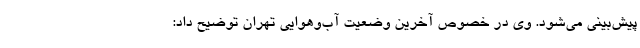
پیش‌بینی می‌شود. وی در خصوص آخرین وضعیت آب‌وهوایی تهران توضیح داد: